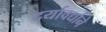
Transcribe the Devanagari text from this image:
दर्यावर्द्याने